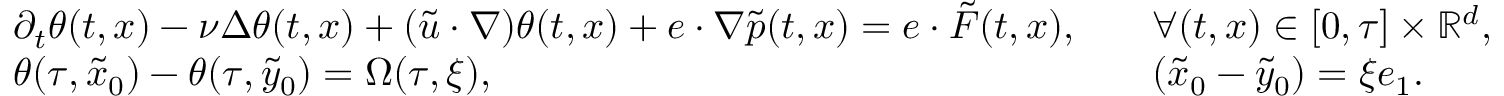
\begin{array} { r l r l } & { \partial _ { t } \theta ( t , x ) - \nu \Delta \theta ( t , x ) + ( \widetilde u \cdot \nabla ) \theta ( t , x ) + e \cdot \nabla \tilde { p } ( t , x ) = e \cdot \tilde { F } ( t , x ) , } & & { \forall ( t , x ) \in [ 0 , \tau ] \times \mathbb { R } ^ { d } , } \\ & { \theta ( \tau , \tilde { x } _ { 0 } ) - \theta ( \tau , \tilde { y } _ { 0 } ) = \Omega ( \tau , \xi ) , } & & { ( \tilde { x } _ { 0 } - \tilde { y } _ { 0 } ) = \xi e _ { 1 } . } \end{array}